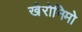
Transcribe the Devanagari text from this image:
खेरोनिमो